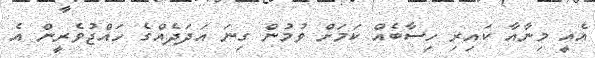
އެއީ މިނާއާ ކައިރި ހިސާބެއް ކަމަށް ވުމުން ގިނަ އަދަދެއްގެ ހައްޖުވެރީން އެ